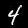
Digit: 4